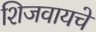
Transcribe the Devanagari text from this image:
शिजवायचे